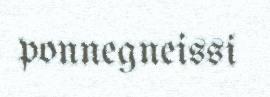
ponnegneissi